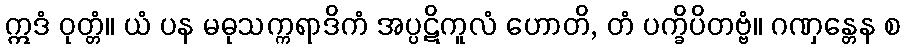
ဣဒံ ဝုတ္တံ။ ယံ ပန မဓုသက္ကရာဒိကံ အပ္ပဋိကူလံ ဟောတိ, တံ ပက္ခိပိတဗ္ဗံ။ ဂဏှန္တေန စ